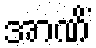
အာဏိံ